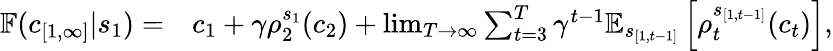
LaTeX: \begin{array}{rl}{\mathbb{F}(c_{[1,\infty]}|s_{1})=}&{c_{1}+\gamma\rho_{2}^{s_{1}}(c_{2})+\operatorname*{lim}_{T\to\infty}\sum_{t=3}^{T}\gamma^{t-1}\mathbb{E}_{s_{[1,t-1]}}\left[{\rho_{t}^{s_{[1,t-1]}}}(c_{t})\right],}\end{array}